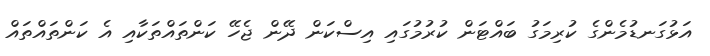
އަޅުގަނޑުމެންގެ ކުރިމަގު ބައްޓަން ކުރުމުގައި އިސްކަން ދޭން ޖެހޭ ކަންތައްތަކާއި އެ ކަންތައްތައް